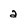
Character: 2